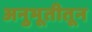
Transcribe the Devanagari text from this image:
अनुभूतीतून